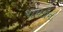
પાપડીનો